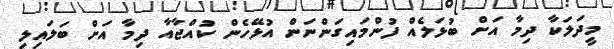
މީދަލަކާ ދިމާ އަށް ބުޅަލެއް ފުންމައިގަަންނަން އުޅޭހެން ކުއްޖާއާ ދިމާ އަަށް ބަލައިލި